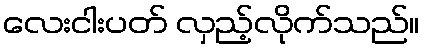
လေးငါးပတ် လှည့်လိုက်သည်။